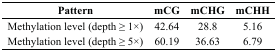
<table><thead><tr><td><b>Pattern</b></td><td><b>mCG</b></td><td><b>mCHG</b></td><td><b>mCHH</b></td></tr></thead><tbody><tr><td>Methylation level (depth ≥ 1×)</td><td>42.64</td><td>28.8</td><td>5.16</td></tr><tr><td>Methylation level (depth ≥ 5×)</td><td>60.19</td><td>36.63</td><td>6.79</td></tr></tbody></table>